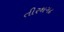
તીરથગઢ